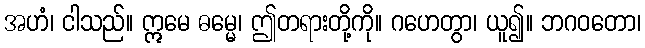
အဟံ၊ ငါသည်။ ဣမေ ဓမ္မေ၊ ဤတရားတို့ကို။ ဂဟေတွာ၊ ယူ၍။ ဘဂဝတော၊